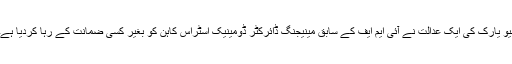
نیو یارک کی ایک عدالت نے آئی ایم ایف کے سابق مینیجنگ ڈائرکٹر ڈومینیک اسٹراس کاہن کو بغیر کسی ضمانت کے رہا کردیا ہے۔